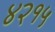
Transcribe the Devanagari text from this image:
४२१५